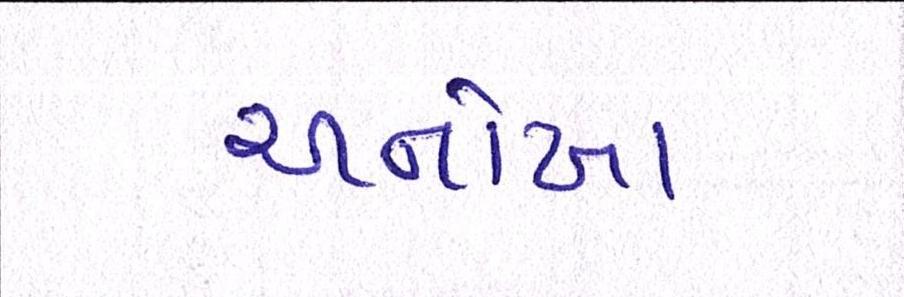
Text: અનોખા